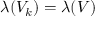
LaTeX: \lambda ( V _ { k } ) = \lambda ( V )